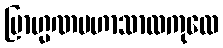
ဗြာဟ္မဏမဟာသာလကုလေ